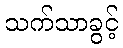
သက်သာခွင့်